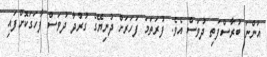
އަންނަ ބުރާސްފަތި ދުވަސް އެވެ. ފުރަތަމަ ފަހަރަށް ދުނިޔޭގެ ގުރުދާ ދުވަސް ފާހަގަކޮށްފައި